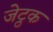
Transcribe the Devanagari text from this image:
जेट्ठक